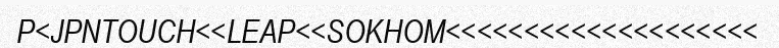
P<JPNTOUCH<<LEAP<<SOKHOM<<<<<<<<<<<<<<<<<<<<